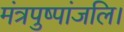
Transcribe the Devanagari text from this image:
मंत्रपुष्पांजलि।